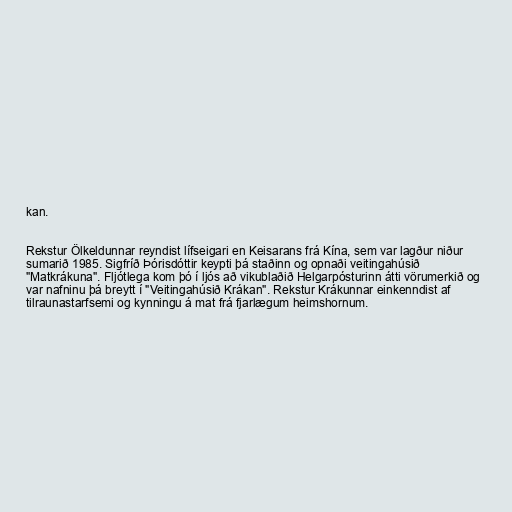
kan.

Rekstur Ölkeldunnar reyndist lífseigari en Keisarans frá Kína, sem var lagður niður
sumarið 1985. Sigfríð Þórisdóttir keypti þá staðinn og opnaði veitingahúsið
"Matkrákuna". Fljótlega kom þó í ljós að vikublaðið Helgarpósturinn átti vörumerkið og
var nafninu þá breytt í "Veitingahúsið Krákan". Rekstur Krákunnar einkenndist af
tilraunastarfsemi og kynningu á mat frá fjarlægum heimshornum.